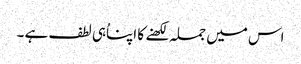
اس میں جملہ لکھنے کا اپناُہی لطف ہے ۔